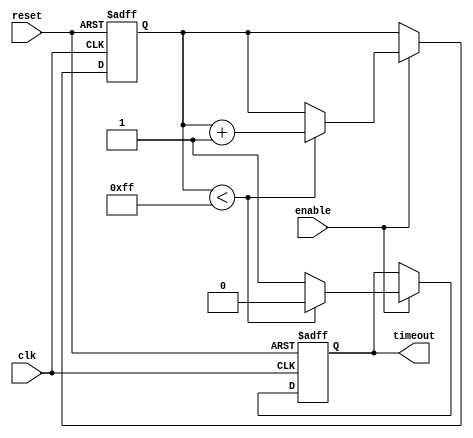
module timeout_counter #(
    parameter MAX_COUNT = 255  // Define the maximum count value (timeout value)
)(
    input wire clk,             // Clock input
    input wire reset,           // Asynchronous reset input
    input wire enable,          // Enable signal
    output reg timeout          // Timeout output signal
);

    // Counter register
    reg [7:0] counter;          // 8-bit counter to hold the current count value

    // Always block for synchronous operations
    always @(posedge clk or posedge reset) begin
        if (reset) begin
            counter <= 8'b0;    // Reset the counter to zero
            timeout <= 1'b0;    // Reset the timeout signal
        end else if (enable) begin
            if (counter < MAX_COUNT) begin
                counter <= counter + 1; // Increment the counter
                timeout <= 1'b0;         // Keep timeout low
            end else begin
                timeout <= 1'b1;         // Assert timeout signal
            end
        end
    end

endmodule